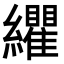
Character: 𮉛